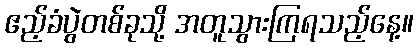
ဧည့်ခံပွဲတစ်ခုသို့ အတူသွားကြရသည့်နေ့။